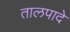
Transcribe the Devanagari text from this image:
तालपादे